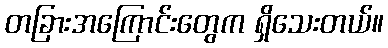
တခြားအကြောင်းတွေက ရှိသေးတယ်။